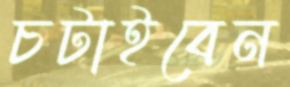
চটাইবেন